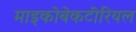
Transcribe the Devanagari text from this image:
माइकोबेकटीरियल